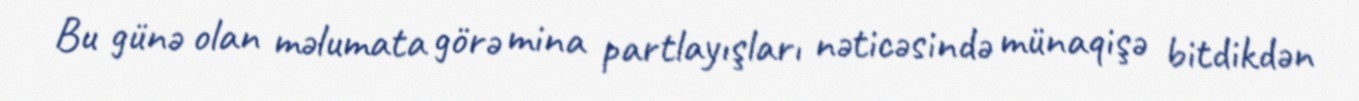
Bu günə olan məlumata görə mina partlayışları nəticəsində münaqişə bitdikdən